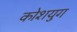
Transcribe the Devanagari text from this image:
कोशयुग